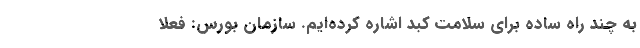
به چند راه ساده برای سلامت کبد اشاره کرده‌ایم. سازمان بورس: فعلاً